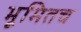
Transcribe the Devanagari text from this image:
भूमितच